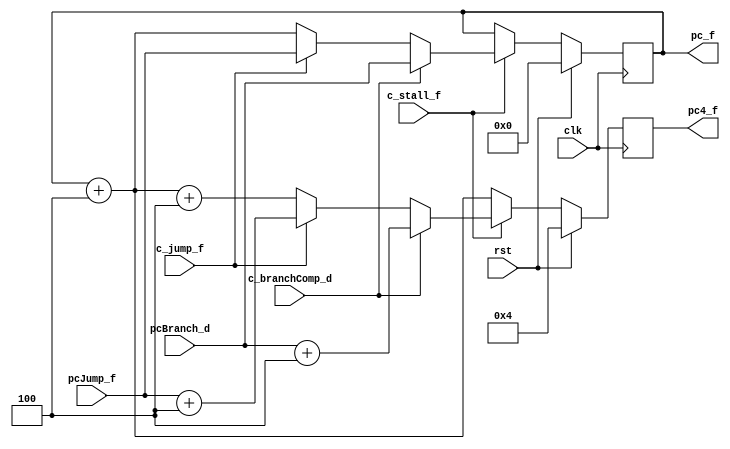
`timescale 1ns / 1ps
//////////////////////////////////////////////////////////////////////////////////
// Company: 
// Engineer: 
// 
// Design Name: 
// Module Name: pc
// Project Name: 
// Target Devices: 
// Tool Versions: 
// Description: 
// 
// Dependencies: 
// 
// Revision:
// Revision 0.01 - File Created
// Additional Comments:
// 
//////////////////////////////////////////////////////////////////////////////////


module pc(
  input clk, rst, c_stall_f, c_jump_f, c_branchComp_d,
  input [31:0]  pcJump_f, pcBranch_d,
  output  reg [31:0]  pc4_f, pc_f
  );
  
  initial
  begin
    pc_f <= 32'h00000000;
    pc4_f <= 32'h00000004;
  end
  
  always @(posedge clk)
  begin
    if (rst)
    begin
      pc_f = 32'h00000000;
      pc4_f = pc_f + 4;
    end
    else if (!c_stall_f)
    begin
      pc_f = pc_f;
      pc4_f = pc_f + 4;
    end
    else if (c_branchComp_d)
    begin
      pc_f = pcBranch_d;
      pc4_f = pc_f + 4;
    end
    else if (c_jump_f)
    begin
      pc_f = pcJump_f;
      pc4_f = pc_f + 4;
    end
    else
    begin
      pc_f = pc_f + 4;
      pc4_f = pc_f + 4;
    end
  end
  
endmodule